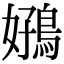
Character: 𫚻